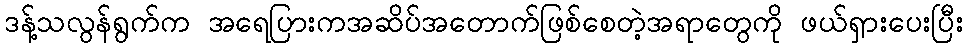
ဒန့်သလွန်ရွက်က အရေပြားကအဆိပ်အတောက်ဖြစ်စေတဲ့အရာတွေကို ဖယ်ရှားပေးပြီး